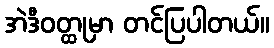
အဲဒီဝတ္ထုမှာ တင်ပြပါတယ်။